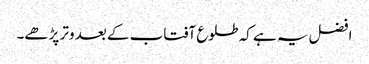
افضل یہ ہے کہ طلوع آفتاب کے بعد وتر پڑھے۔